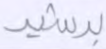
برشيد